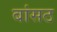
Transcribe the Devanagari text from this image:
बांसठ